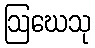
ဩဃေသု